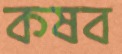
কষব